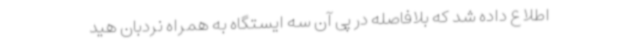
اطلاع داده شد که بلافاصله در پی آن سه ایستگاه به همراه نردبان هید